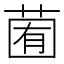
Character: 𦳩